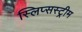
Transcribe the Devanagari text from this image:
स्लिप्सस्ट्रीम